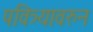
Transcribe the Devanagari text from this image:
पवित्र्यावरुन